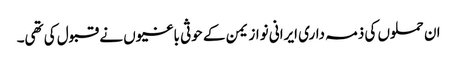
ان حملوں کی ذمہ داری ایرانی نواز یمن کے حوثی باغیوں نے قبول کی تھی۔